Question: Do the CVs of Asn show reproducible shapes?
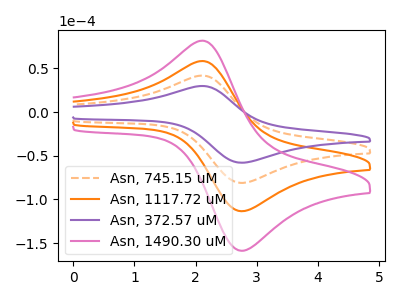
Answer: <think>The orange dashed curve "Asn, 745.15 uM" has an anodic peak at (2.10V, 41.75uA) and a cathodic peak at (2.80V, -81.05uA). The orange curve "Asn, 1117.72 uM" has an anodic peak at (2.10V, 83.50uA) and a cathodic peak at (2.80V, -162.15uA). The purple curve "Asn, 372.57 uM" has an anodic peak at (2.10V, 29.85uA) and a cathodic peak at (2.80V, -57.95uA). The pink curve "Asn, 1490.30 uM" has an anodic peak at (2.10V, 125.25uA) and a cathodic peak at (2.80V, -243.20uA).
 All the peaks in "Asn, 745.15 uM" have a peak in "Asn, 1117.72 uM" at the same potential. Every peak in "Asn, 745.15 uM" is lower than every peak in "Asn, 1117.72 uM". All the peaks in "Asn, 745.15 uM" have a peak in "Asn, 372.57 uM" at the same potential. Every peak in "Asn, 745.15 uM" is higher than every peak in "Asn, 372.57 uM". All the peaks in "Asn, 745.15 uM" have a peak in "Asn, 1490.30 uM" at the same potential. Every peak in "Asn, 745.15 uM" is lower than every peak in "Asn, 1490.30 uM". All the peaks in "Asn, 1117.72 uM" have a peak in "Asn, 372.57 uM" at the same potential. Every peak in "Asn, 1117.72 uM" is higher than every peak in "Asn, 372.57 uM". All the peaks in "Asn, 1117.72 uM" have a peak in "Asn, 1490.30 uM" at the same potential. Every peak in "Asn, 1117.72 uM" is lower than every peak in "Asn, 1490.30 uM". All the peaks in "Asn, 372.57 uM" have a peak in "Asn, 1490.30 uM" at the same potential. Every peak in "Asn, 372.57 uM" is lower than every peak in "Asn, 1490.30 uM".</think>
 <answer>All the CV's of "Asn" have similar shape.</answer>
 <eval>follow_rule</eval>